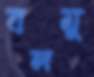
বলমু